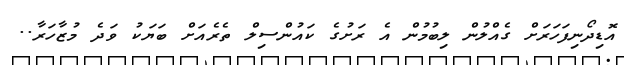
އޮޑިދޯނިފަހަރަށް ގެއްލުން ލިބުމުން އެ ރަށުގެ ކައުންސިލް ތެރެއަށް ބަޔަކު ވަދެ މުޒާހަރާ..